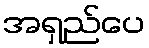
အရှည်ပေ